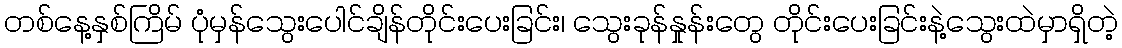
တစ်နေ့နှစ်ကြိမ် ပုံမှန်သွေးပေါင်ချိန်တိုင်းပေးခြင်း၊ သွေးခုန်နှုန်းတွေ တိုင်းပေးခြင်းနဲ့သွေးထဲမှာရှိတဲ့